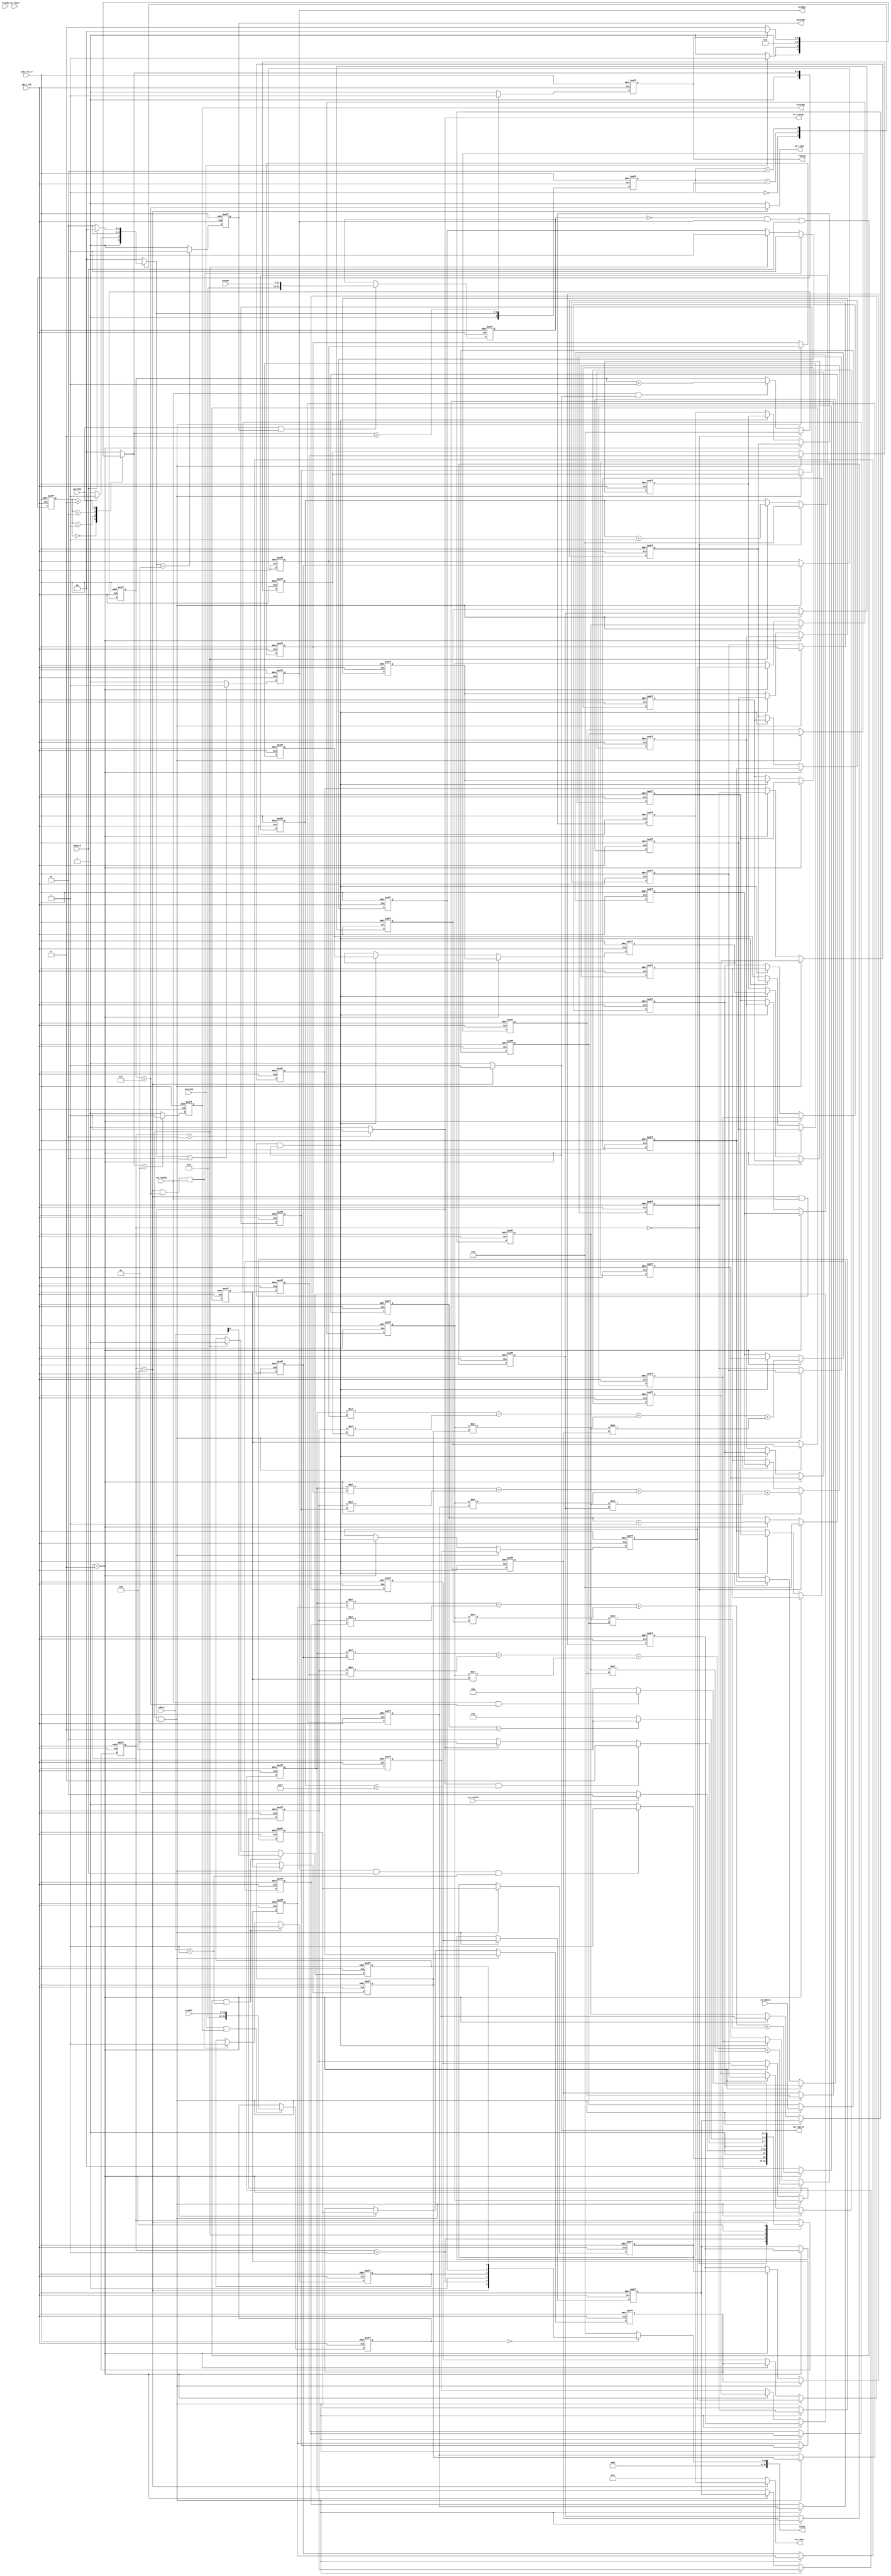
`timescale 1ns / 1ps
module mm
#(  parameter pADDR_WIDTH = 12,
    parameter pDATA_WIDTH = 32
)
(
    // AXI-Lite
    // write
    output  reg                      awready,
    output  reg                      wready,
    input   wire                     awvalid,
    input   wire [(pADDR_WIDTH-1):0] awaddr,
    input   wire                     wvalid,
    input   wire [(pDATA_WIDTH-1):0] wdata,
    // read
    output  reg                      arready,
    input   wire                     rready,
    input   wire                     arvalid,
    input   wire [(pADDR_WIDTH-1):0] araddr,
    output  reg                      rvalid,
    output  reg  [(pDATA_WIDTH-1):0] rdata, 

    // AXI-Stream   
    // Input data
    input   wire                     ss_tvalid, 
    input   wire [(pDATA_WIDTH-1):0] ss_tdata, 
    input   wire                     ss_tlast, 
    output  reg                      ss_tready, 
    // Output data
    input   wire                     sm_tready, 
    output  reg                      sm_tvalid, 
    output  reg  [(pDATA_WIDTH-1):0] sm_tdata, 
    output  reg                      sm_tlast, 

    input   wire                     axis_clk,
    input   wire                     axis_rst_n
);

// block level signal (0x00)
reg ap_start, n_ap_start;
reg ap_idle, n_ap_idle;
reg ap_done, n_ap_done;
reg stream_in_ready, stream_out_ready;

// axi-lite read
localparam  AXI_READ_IDLE = 0,
            AXI_READ_ADDR = 1,
            AXI_READ_WAIT = 2,
            AXI_READ_DATA = 3;

// axi-lite write
localparam  AXI_WRITE_IDLE = 0,
            AXI_WRITE_ADDR = 1,
            AXI_WRITE_DATA = 2;

// Stream-In
reg n_ss_tready;

// AXI
reg [2:0] axi_read_state, n_axi_read_state;
reg [2:0] axi_write_state, n_axi_write_state;

integer i,j ,k;

// MM fsm
localparam  ST_IDLE = 0,
            ST_WAIT = 1,
            ST_SSIN = 2,
			ST_MM   = 3,
            ST_OUT  = 4;

reg [2:0] mm_state, n_mm_state;

reg [31:0] axiwaddr, axiraddr;

reg [31:0] A[3:0][3:0];
reg [31:0] B[3:0][3:0];
reg [31:0] C[3:0][3:0];

reg [31:0] A00,A01,A02,A03,A10,A11,A12,A13,A20,A21,A22,A23,A30,A31,A32,A33,A40,A41,A42,A43;
reg [31:0] B00,B01,B02,B03,B10,B11,B12,B13,B20,B21,B22,B23,B30,B31,B32,B33,B40,B41,B42,B43;
reg [31:0] C00,C01,C02,C03,C10,C11,C12,C13,C20,C21,C22,C23,C30,C31,C32,C33,C40,C41,C42,C43;

reg [5:0] cnt_out;
reg [5:0] cnt_mm;
reg [5:0] cnt_in;

always @(posedge axis_clk or negedge axis_rst_n) begin
    if (!axis_rst_n) begin
        axiwaddr <= 0;
        axiraddr <= 0;
    end
    else begin
        axiwaddr <= (awvalid == 1 && awready == 1) ? awaddr :  axiwaddr;
        axiraddr <= (arvalid == 1 && arready == 1) ? araddr :  axiraddr;
    end
end


// ======================= AXI-Lite: Read ======================================
always @(*) begin
    case (axi_read_state)
        AXI_READ_IDLE:  n_axi_read_state = (arvalid == 1) ? AXI_READ_ADDR : AXI_READ_IDLE;
        AXI_READ_ADDR:  n_axi_read_state = AXI_READ_WAIT;
        AXI_READ_WAIT:  n_axi_read_state = AXI_READ_DATA;
        AXI_READ_DATA:  n_axi_read_state = (rvalid == 1) ? AXI_READ_IDLE : AXI_READ_DATA;
        default: n_axi_read_state = AXI_READ_IDLE;
    endcase
end


always @(posedge axis_clk or negedge axis_rst_n) begin
    if (!axis_rst_n) begin
        axi_read_state  <= AXI_READ_IDLE;
        arready <= 0;
        rvalid  <= 0;
    end else begin
        axi_read_state  <= n_axi_read_state;
        arready <= (n_axi_read_state == AXI_READ_ADDR) ? 1 : 0;
        rvalid  <= (n_axi_read_state == AXI_READ_DATA) ? 1 : 0;
    end
end

always @(*) begin
	case (axiraddr)
		'h00: rdata = {
			stream_out_ready,       // [5]
			stream_in_ready,        // [4]
			1'b0,                   // [3]
			ap_idle,                // [2]
			ap_done,                // [1]
			ap_start                // [0]
		};                          // block level signals
		default: rdata = 0;
	endcase
end

// ======================= AXI-Lite: Write ======================================
always @(*) begin
    case (axi_write_state)
        AXI_WRITE_IDLE: n_axi_write_state = (awvalid == 1) ? AXI_WRITE_ADDR : AXI_WRITE_IDLE;
        AXI_WRITE_ADDR: n_axi_write_state = AXI_WRITE_DATA;
        AXI_WRITE_DATA: n_axi_write_state = (wvalid == 1) ? AXI_WRITE_IDLE : AXI_WRITE_DATA;
        default: n_axi_write_state = AXI_WRITE_IDLE;
    endcase
end

always @(posedge axis_clk or negedge axis_rst_n) begin
    if (!axis_rst_n) begin
        axi_write_state  <= AXI_WRITE_IDLE;
        awready <= 0;
        wready  <= 0;
    end else begin
        axi_write_state  <= n_axi_write_state;
        awready <= (n_axi_write_state == AXI_WRITE_ADDR) ? 1 : 0;
        wready  <= (n_axi_write_state == AXI_WRITE_DATA) ? 1 : 0;
    end
end

// ======================= Stream-In ============================================
always @(*) begin
    if (mm_state == ST_SSIN)  ss_tready = 1;
    else                        ss_tready = 0;
end

// ======================= Stream-Out ===========================================
always @(*) begin
    if (mm_state == ST_OUT) begin
        sm_tvalid = 1;
        sm_tdata = C[0][0];
        sm_tlast = (cnt_out == 'd15);
    end
    else begin
        sm_tvalid = 0;
        sm_tdata = 0;
        sm_tlast = 0;
    end
end


// ======================= Block level Signals ===================================
// ap_start
always @(*) begin
    if      (axiwaddr == 'h00 && wready == 1 && wvalid == 1 && wdata == 1)  n_ap_start = wdata;     // Host program ap_start = 1
    else if (mm_state == ST_SSIN)                                           n_ap_start = 0;         // Reset to 0, when 1st AXI-Stream handshake
    else                                                                    n_ap_start = ap_start;
end

// ap_idle
always @(*) begin
    if      (axiwaddr == 'h00 && wready == 1 && wvalid == 1 && wdata == 1)  n_ap_idle = 0;      // Host program ap_start = 1
    else if (mm_state == ST_OUT && cnt_out == 15 && sm_tready == 1)         n_ap_idle = 1;      // Reset to 1, when last data had axi-streamed out
    else                                                                    n_ap_idle = ap_idle;   
end

// ap_done
always @(*) begin
    if      (mm_state == ST_OUT && cnt_out == 15 && sm_tready == 1)   n_ap_done = 1;
    else if (mm_state == ST_SSIN)                                     n_ap_done = 0;
    else                                                                n_ap_done = ap_done;
end

// stream_in_ready, stream_out_ready
always @(*) begin
    stream_in_ready     = (mm_state == ST_WAIT);
    stream_out_ready    = (mm_state == ST_OUT);
end


always @(posedge axis_clk or negedge axis_rst_n) begin
    if (!axis_rst_n) begin
        ap_start    <= 0;
        ap_idle     <= 1;
        ap_done     <= 0;
    end else begin
        ap_start    <= n_ap_start;
        ap_idle     <= n_ap_idle;
        ap_done     <= n_ap_done;
    end
end

// ======================= SORT Engine ============================================
// output counter
always @(posedge axis_clk or negedge axis_rst_n) begin
    if (!axis_rst_n)    cnt_out <= 0;
    else begin
        if      (mm_state == ST_IDLE)             cnt_out <= 0;
        else if (sm_tready == 1 && sm_tvalid == 1)  cnt_out <= cnt_out + 1;
    end
end

//stream input counter
always @(posedge axis_clk or negedge axis_rst_n) begin
    if (!axis_rst_n)    cnt_in <= 0;
    else begin
        if      (mm_state == ST_IDLE)  cnt_in <= 0;
        else if (mm_state == ST_SSIN)  cnt_in <= cnt_in + 1;
    end
end

//sort counter
always @(posedge axis_clk or negedge axis_rst_n) begin
    if (!axis_rst_n)    cnt_mm <= 0;
    else begin
        if      (mm_state == ST_IDLE) cnt_mm <= 0;
        else if (mm_state == ST_MM)   cnt_mm <= cnt_mm + 1;
    end
end

always @(*)begin
	A00 = A[0][0];
	A01 = A[0][1];
	A02 = A[0][2];
	A03 = A[0][3];
	A10 = A[1][0];
	A11 = A[1][1];
	A12 = A[1][2];
	A13 = A[1][3];
	A20 = A[2][0];
	A21 = A[2][1];
	A22 = A[2][2];
	A23 = A[2][3];
	A30 = A[3][0];
	A31 = A[3][1];
	A32 = A[3][2];
	A33 = A[3][3];
			 
	B00 = B[0][0];
	B01 = B[0][1];
	B02 = B[0][2];
	B03 = B[0][3];
	B10 = B[1][0];
	B11 = B[1][1];
	B12 = B[1][2];
	B13 = B[1][3];
	B20 = B[2][0];
	B21 = B[2][1];
	B22 = B[2][2];
	B23 = B[2][3];
	B30 = B[3][0];
	B31 = B[3][1];
	B32 = B[3][2];
	B33 = B[3][3];
	
	C00 = C[0][0];
	C01 = C[0][1];
	C02 = C[0][2];
	C03 = C[0][3];
	C10 = C[1][0];
	C11 = C[1][1];
	C12 = C[1][2];
	C13 = C[1][3];
	C20 = C[2][0];
	C21 = C[2][1];
	C22 = C[2][2];
	C23 = C[2][3];
	C30 = C[3][0];
	C31 = C[3][1];
	C32 = C[3][2];
	C33 = C[3][3];
end

always @(posedge axis_clk or negedge axis_rst_n) begin
    if (!axis_rst_n) begin
		for (i=0; i<4; i=i+1) begin
			A[i][3] <= 0;
			A[i][2] <= 0;
			A[i][1] <= 0;
			A[i][0] <= 0;
				    
			B[i][3] <= 0;
			B[i][2] <= 0;
			B[i][1] <= 0;
			B[i][0] <= 0;
			
		end
    end 
	else begin
        if(mm_state == ST_SSIN && ss_tready == 1)begin
			B[3][3] <= ss_tdata;
			B[3][2] <= B[3][3];
			B[3][1] <= B[3][2];
			B[3][0] <= B[3][1];
			B[2][3] <= B[3][0];
			B[2][2] <= B[2][3];
			B[2][1] <= B[2][2];
			B[2][0] <= B[2][1];
			B[1][3] <= B[2][0];
			B[1][2] <= B[1][3];
			B[1][1] <= B[1][2];
			B[1][0] <= B[1][1];
			B[0][3] <= B[1][0];
			B[0][2] <= B[0][3];
			B[0][1] <= B[0][2];
			B[0][0] <= B[0][1];
					
			A[3][3] <= B[0][0];
			A[3][2] <= A[3][3];
			A[3][1] <= A[3][2];
			A[3][0] <= A[3][1];
			A[2][3] <= A[3][0];
			A[2][2] <= A[2][3];
			A[2][1] <= A[2][2];
			A[2][0] <= A[2][1];
			A[1][3] <= A[2][0];
			A[1][2] <= A[1][3];
			A[1][1] <= A[1][2];
			A[1][0] <= A[1][1];
			A[0][3] <= A[1][0];
			A[0][2] <= A[0][3];
			A[0][1] <= A[0][2];
			A[0][0] <= A[0][1];
		end
		else if(mm_state == ST_MM)begin
			A[0][0] <= A[1][0];
			A[0][1] <= A[1][1];
			A[0][2] <= A[1][2];
			A[0][3] <= A[1][3];
			A[1][0] <= A[2][0];
			A[1][1] <= A[2][1];
			A[1][2] <= A[2][2];
			A[1][3] <= A[2][3];
			A[2][0] <= A[3][0];
			A[2][1] <= A[3][1];
			A[2][2] <= A[3][2];
			A[2][3] <= A[3][3];
		end
    end
end

always @(posedge axis_clk or negedge axis_rst_n) begin
    if (!axis_rst_n) begin
		for (i=0; i<4; i=i+1) begin
			for (j=0; j<4; j=j+1) begin
				C[i][j] <= 0;
			end
		end
    end 
	else begin
		if(mm_state == ST_MM)begin
			C[3][0] <= A[0][0]*B[0][0] + A[0][1]*B[1][0] + A[0][2]*B[2][0] + A[0][3]*B[3][0];
			C[3][1] <= A[0][0]*B[0][1] + A[0][1]*B[1][1] + A[0][2]*B[2][1] + A[0][3]*B[3][1];
			C[3][2] <= A[0][0]*B[0][2] + A[0][1]*B[1][2] + A[0][2]*B[2][2] + A[0][3]*B[3][2];
			C[3][3] <= A[0][0]*B[0][3] + A[0][1]*B[1][3] + A[0][2]*B[2][3] + A[0][3]*B[3][3];
			C[2][0] <= C[3][0];
			C[2][1] <= C[3][1];
			C[2][2] <= C[3][2];
			C[2][3] <= C[3][3];
			C[1][0] <= C[2][0];
			C[1][1] <= C[2][1];
			C[1][2] <= C[2][2];
			C[1][3] <= C[2][3];
			C[0][0] <= C[1][0];
			C[0][1] <= C[1][1];
			C[0][2] <= C[1][2];
			C[0][3] <= C[1][3];
		end 
		else if(mm_state == ST_OUT && sm_tready == 1 && sm_tvalid == 1)begin
			C[3][2] <= C[3][3];
			C[3][1] <= C[3][2];
			C[3][0] <= C[3][1];
			C[2][3] <= C[3][0];
			C[2][2] <= C[2][3];
			C[2][1] <= C[2][2];
			C[2][0] <= C[2][1];
			C[1][3] <= C[2][0];
			C[1][2] <= C[1][3];
			C[1][1] <= C[1][2];
			C[1][0] <= C[1][1];
			C[0][3] <= C[1][0];
			C[0][2] <= C[0][3];
			C[0][1] <= C[0][2];
			C[0][0] <= C[0][1];
		end
    end
end

// MM fsm
always @(*) begin
    case (mm_state)
        ST_IDLE:   n_mm_state = (wready == 1 && wvalid == 1 && wdata == 1) ?  ST_WAIT : ST_IDLE;
        ST_WAIT:   n_mm_state = (ss_tvalid == 1) ? ST_SSIN : ST_WAIT;     // wait for Stream-In data
        ST_SSIN:begin
			if(ss_tready == 1 && cnt_in == 'd31)  n_mm_state = ST_MM; // Get Stream-In data
			else if(ss_tready == 1)              n_mm_state = ST_WAIT;
			else                                 n_mm_state = ST_SSIN;
        end
		ST_MM:   n_mm_state = (cnt_mm == 'd3) ? ST_OUT  : ST_MM;     // MM
        ST_OUT: begin
            if      (sm_tready == 1 &  cnt_out == 'd15)  n_mm_state = ST_IDLE; // reset
            else                                        n_mm_state = ST_OUT;  // wait for handshake
        end
        default: n_mm_state = mm_state;
    endcase
end

always @(posedge axis_clk or negedge axis_rst_n) begin
    if (!axis_rst_n)    mm_state   <= ST_IDLE;
    else                mm_state   <= n_mm_state;
end

endmodule